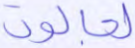
لجالوت